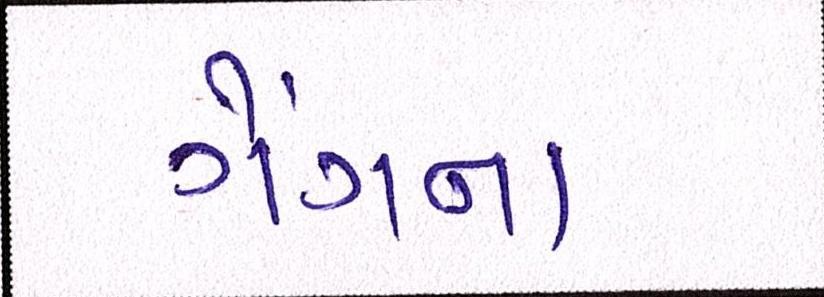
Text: ગેંગના